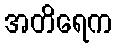
အတိရေက